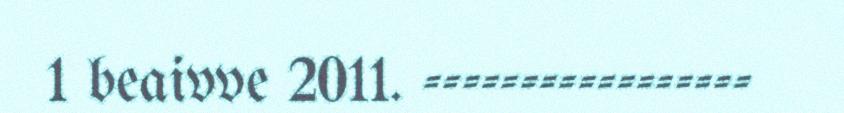
1 beaivve 2011. -----------------